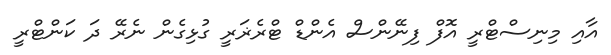
އާއި މިނިސްޓްރީ އޮފް ފިނޭންސް އެންޑް ޓްރެޜަރީ ގުޅިގެން ނެރޭ ދަ ކަންޓްރީ